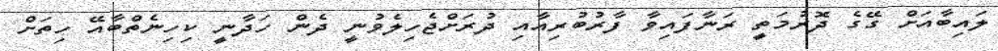
ލައިބާއަށް ގޭގެ ދޮރުމަތީ ރަނާފައިވާ ފާރުބުރިއާއި ދުރަށްޖެހިލެވުނީ ދެން ހަދާނީ ކިހިނެތްބާއޭ ހިތަށް